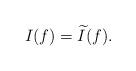
LaTeX: \begin{align*}I (f)=\widetilde I (f).\end{align*}